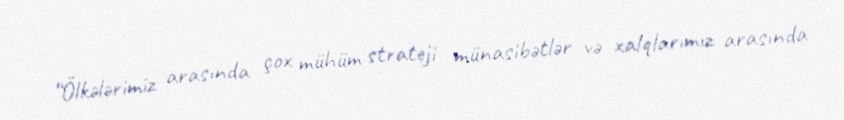
“Ölkələrimiz arasında çox mühüm strateji münasibətlər və xalqlarımız arasında